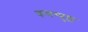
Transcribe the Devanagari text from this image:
कणम्पुल्ल